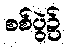
စစ်ပွဲ၌